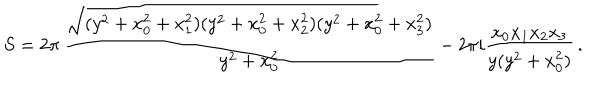
S = 2 \pi \, \frac { \sqrt { ( y ^ { 2 } + x _ { 0 } ^ { 2 } + x _ { 1 } ^ { 2 } ) ( y ^ { 2 } + x _ { 0 } ^ { 2 } + x _ { 2 } ^ { 2 } ) ( y ^ { 2 } + x _ { 0 } ^ { 2 } + x _ { 3 } ^ { 2 } ) } } { y ^ { 2 } + x _ { 0 } ^ { 2 } } - 2 \pi i \frac { x _ { 0 } x _ { 1 } x _ { 2 } x _ { 3 } } { y ( y ^ { 2 } + x _ { 0 } ^ { 2 } ) } \, .